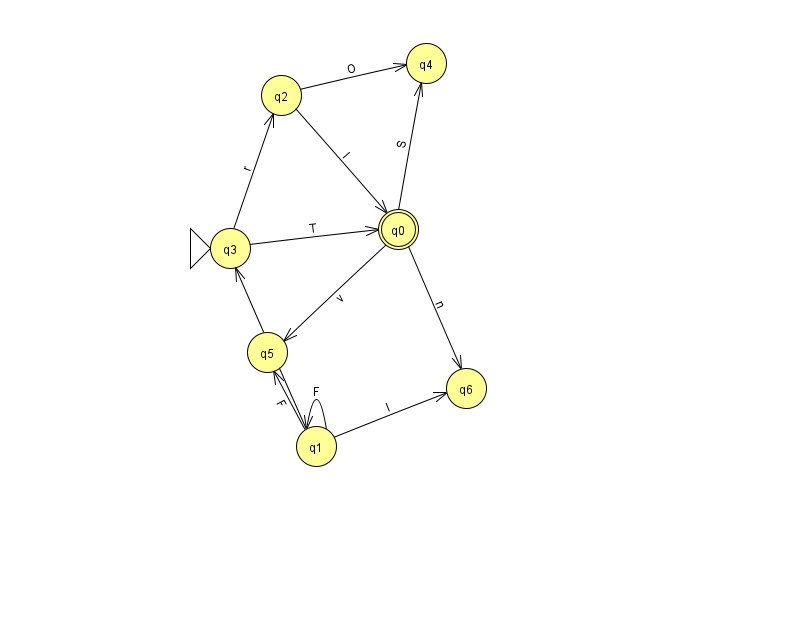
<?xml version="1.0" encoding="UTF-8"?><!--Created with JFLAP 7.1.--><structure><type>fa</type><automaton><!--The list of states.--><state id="0" name="q0"><x>398.0</x><y>216.0</y><final/></state><state id="1" name="q1"><x>316.0</x><y>433.0</y></state><state id="2" name="q2"><x>281.0</x><y>82.0</y></state><state id="3" name="q3"><x>230.0</x><y>235.0</y><initial/></state><state id="4" name="q4"><x>426.0</x><y>50.0</y></state><state id="5" name="q5"><x>267.0</x><y>339.0</y></state><state id="6" name="q6"><x>466.0</x><y>375.0</y></state><!--The list of transitions.--><transition><from>2</from><to>4</to><read>O</read></transition><transition><from>2</from><to>0</to><read>I</read></transition><transition><from>1</from><to>5</to><read>F</read></transition><transition><from>3</from><to>2</to><read>r</read></transition><transition><from>1</from><to>1</to><read>F</read></transition><transition><from>1</from><to>6</to><read>I</read></transition><transition><from>0</from><to>4</to><read>S</read></transition><transition><from>3</from><to>0</to><read>T</read></transition><transition><from>0</from><to>5</to><read>v</read></transition><transition><from>0</from><to>6</to><read>n</read></transition><transition><from>1</from><to>3</to><read>l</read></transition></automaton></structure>